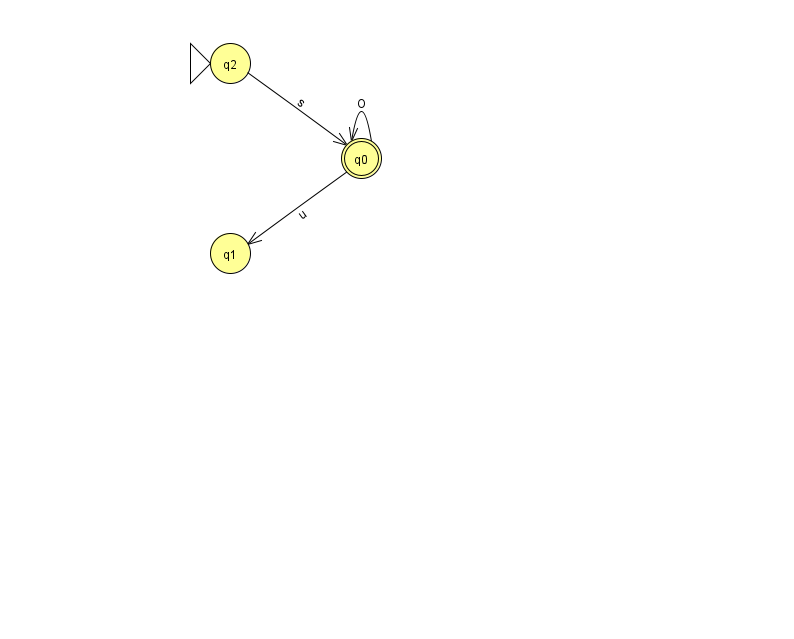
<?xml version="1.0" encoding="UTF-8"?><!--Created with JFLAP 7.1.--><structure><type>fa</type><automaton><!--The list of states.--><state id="0" name="q0"><x>361.0</x><y>145.0</y><final/></state><state id="1" name="q1"><x>230.0</x><y>240.0</y></state><state id="2" name="q2"><x>230.0</x><y>50.0</y><initial/></state><!--The list of transitions.--><transition><from>2</from><to>0</to><read>s</read></transition><transition><from>0</from><to>1</to><read>u</read></transition><transition><from>0</from><to>0</to><read>O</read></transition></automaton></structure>